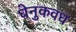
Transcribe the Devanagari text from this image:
धेनुकवध